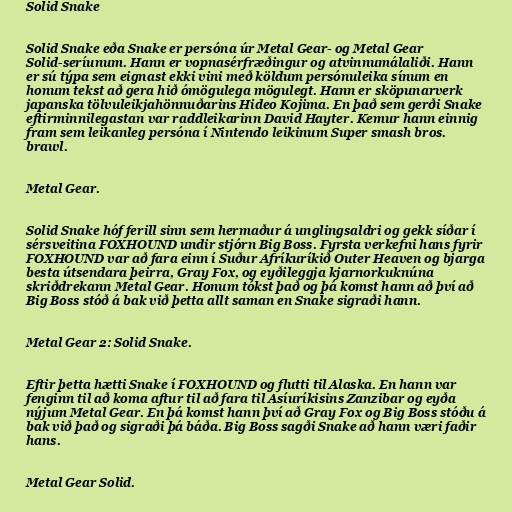
Solid Snake

Solid Snake eða Snake er persóna úr Metal Gear- og Metal Gear
Solid-seríunum. Hann er vopnasérfræðingur og atvinnumálaliði. Hann
er sú týpa sem eignast ekki vini með köldum persónuleika sínum en
honum tekst að gera hið ómögulega mögulegt. Hann er sköpunarverk
japanska tölvuleikjahönnuðarins Hideo Kojima. En það sem gerði Snake
eftirminnilegastan var raddleikarinn David Hayter. Kemur hann einnig
fram sem leikanleg persóna í Nintendo leikinum Super smash bros.
brawl.

Metal Gear.

Solid Snake hóf ferill sinn sem hermaður á unglingsaldri og gekk síðar í
sérsveitina FOXHOUND undir stjórn Big Boss. Fyrsta verkefni hans fyrir
FOXHOUND var að fara einn í Suður Afríkuríkið Outer Heaven og bjarga
besta útsendara þeirra, Gray Fox, og eyðileggja kjarnorkuknúna
skriðdrekann Metal Gear. Honum tókst það og þá komst hann að því að
Big Boss stóð á bak við þetta allt saman en Snake sigraði hann.

Metal Gear 2: Solid Snake.

Eftir þetta hætti Snake í FOXHOUND og flutti til Alaska. En hann var
fenginn til að koma aftur til að fara til Asíuríkisins Zanzibar og eyða
nýjum Metal Gear. En þá komst hann því að Gray Fox og Big Boss stóðu á
bak við það og sigraði þá báða. Big Boss sagði Snake að hann væri faðir
hans.

Metal Gear Solid.